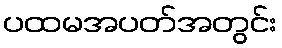
ပထမအပတ်အတွင်း